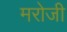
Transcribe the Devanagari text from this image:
मरोजी